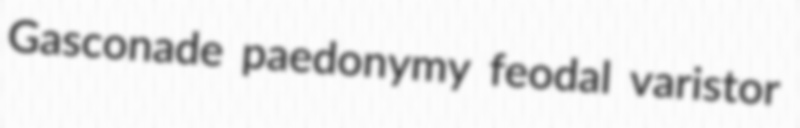
Gasconade paedonymy feodal varistor